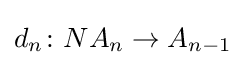
d_{n}\colon NA_{n}\to A_{n-1}